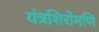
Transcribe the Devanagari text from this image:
यंत्रशिरोमणि